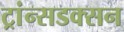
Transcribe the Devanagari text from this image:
ट्रांन्सडक्सन